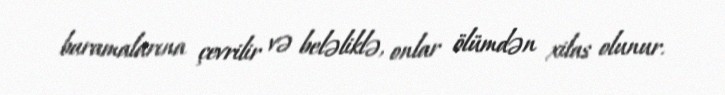
baramalarına çevrilir və beləliklə, onlar ölümdən xilas olunur.